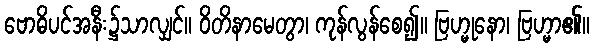
ဗောဓိပင်အနီး၌သာလျှင်။ ဝိတိနာမေတွာ၊ ကုန်လွန်စေ၍။ ဗြဟ္မုနော၊ ဗြဟ္မာ၏။